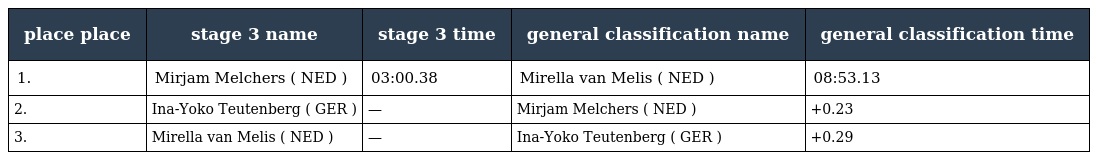
| place place | stage 3 name | stage 3 time | general classification name | general classification time |
 | --- | --- | --- | --- | --- |
 | 1. | Mirjam Melchers ( NED ) | 03:00.38 | Mirella van Melis ( NED ) | 08:53.13 |
 | 2. | Ina-Yoko Teutenberg ( GER ) | — | Mirjam Melchers ( NED ) | +0.23 |
 | 3. | Mirella van Melis ( NED ) | — | Ina-Yoko Teutenberg ( GER ) | +0.29 |